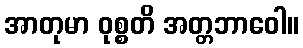
အာတုမာ ဝုစ္စတိ အတ္တဘာဝေါ။